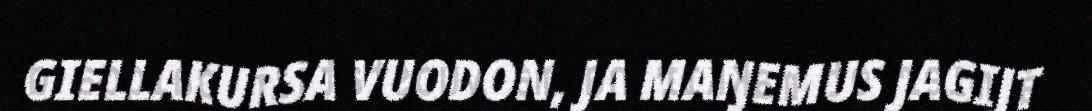
GIELLAKURSA VUODON, JA MAŊEMUS JAGIJT